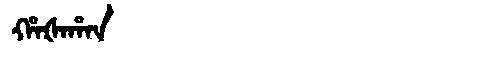
Manchu: ᡥᠠᡧᠠᡥᠠᠨ
Romanization: HAŠAHAN